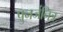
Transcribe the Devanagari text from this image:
पुनर्जनित्र